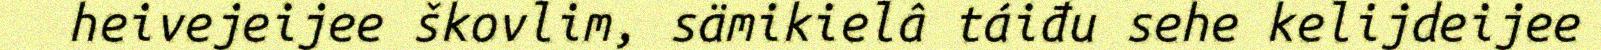
heivejeijee škovlim, sämikielâ táiđu sehe kelijdeijee